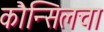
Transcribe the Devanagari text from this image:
कौन्सिलचा